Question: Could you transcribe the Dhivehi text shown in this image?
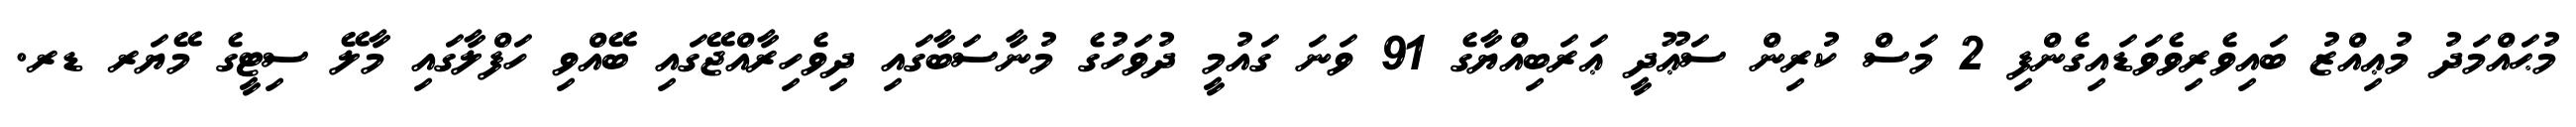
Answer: މުޙައްމަދު މުޢިއްޒު ބައިވެރިވެވަޑައިގެންފި 2 މަސް ކުރިން ސަޢޫދީ ޢަރަބިއްޔާގެ 91 ވަނަ ގައުމީ ދުވަހުގެ މުނާސަބާގައި ދިވެހިރާއްޖޭގައި ބޭއްވި ހަފްލާގައި މާލޭ ސިޓީގެ މޭޔަރ ޑރ.